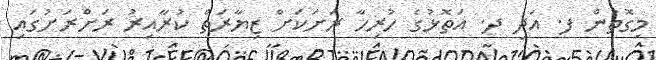
މިގޮތުން ފ. އަދި ދ. އަތޮޅުގެ ހުރިހާ ރަށަކަށް ޒިޔާރަތް ކުރާއިރު ރަށްރަށުގައި